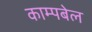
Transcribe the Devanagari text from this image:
काम्पबेल